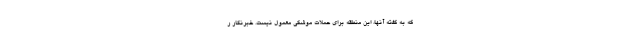
که به گفته آنها، این منطقه برای حملات موشکی معمول نیست. خبرنگار ر